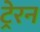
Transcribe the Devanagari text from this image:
ट्रेरन